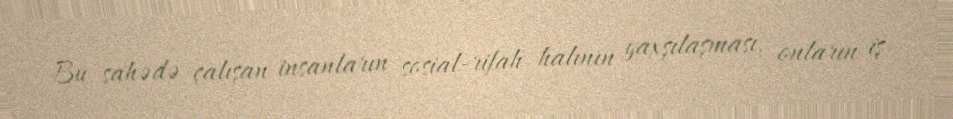
Bu sahədə çalışan insanların sosial-rifah halının yaxşılaşması, onların iş